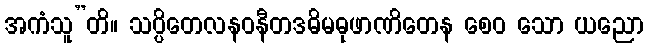
အကံသူ”တိ။ သပ္ပိတေလနဝနီတဒဓိမဓုဖာဏိတေန စေဝ သော ယညော